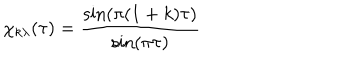
LaTeX: \chi _ { k \lambda } ( \tau ) = \frac { \sin ( \pi ( 1 + k ) \tau ) } { \sin ( \pi \tau ) }